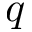
q